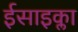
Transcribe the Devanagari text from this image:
ईसाइक्ला